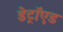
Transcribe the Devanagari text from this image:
डेट्रॉएड